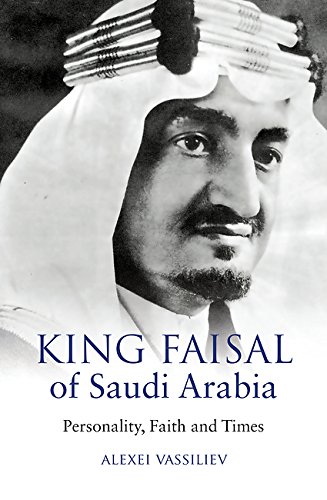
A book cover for King Faisal of Saudi Arabia: Personality, Faith and Times; Alexei Vassiliev; History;